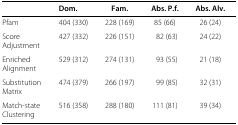
<table><thead><tr><td></td><td><b>Dom.</b></td><td><b>Fam.</b></td><td><b>Abs. P.f.</b></td><td><b>Abs. Alv.</b></td></tr></thead><tbody><tr><td>Pfam</td><td>404 (330)</td><td>228 (169)</td><td>85 (66)</td><td>26 (24)</td></tr><tr><td>Score Adjustment</td><td>427 (332)</td><td>226 (151)</td><td>82 (63)</td><td>24 (22)</td></tr><tr><td>Enriched Alignment</td><td>529 (312)</td><td>274 (131)</td><td>93 (55)</td><td>21 (18)</td></tr><tr><td>Substitution Matrix</td><td>474 (379)</td><td>266 (197)</td><td>99 (85)</td><td>32 (31)</td></tr><tr><td>Match-state Clustering</td><td>516 (358)</td><td>288 (180)</td><td>111 (81)</td><td>39 (34)</td></tr></tbody></table>